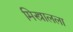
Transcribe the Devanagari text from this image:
मिस्त्रालला